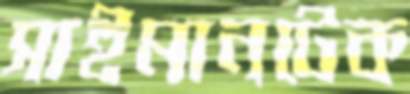
সাইমানটেক